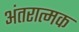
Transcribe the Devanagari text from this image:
अंतरात्मक